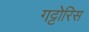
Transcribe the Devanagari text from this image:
गट्टोरिस